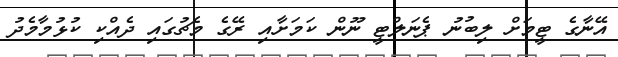
އޭނާގެ ޓީމަށް ލިބުނު ޕެނަލްޓީ ނޫން ކަމަށާއި ރޭގެ މެޗުގައި ދެއްކި ކުޅުމާމެދު